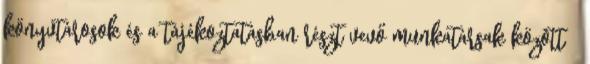
könyvtárosok és a tájékoztatásban részt vevő munkatársak között 